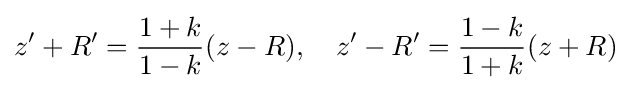
z'+R'={\frac {1+k}{1-k}}(z-R),\quad z'-R'={\frac {1-k}{1+k}}(z+R)